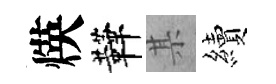
煐鞾某續